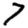
Digit: 7